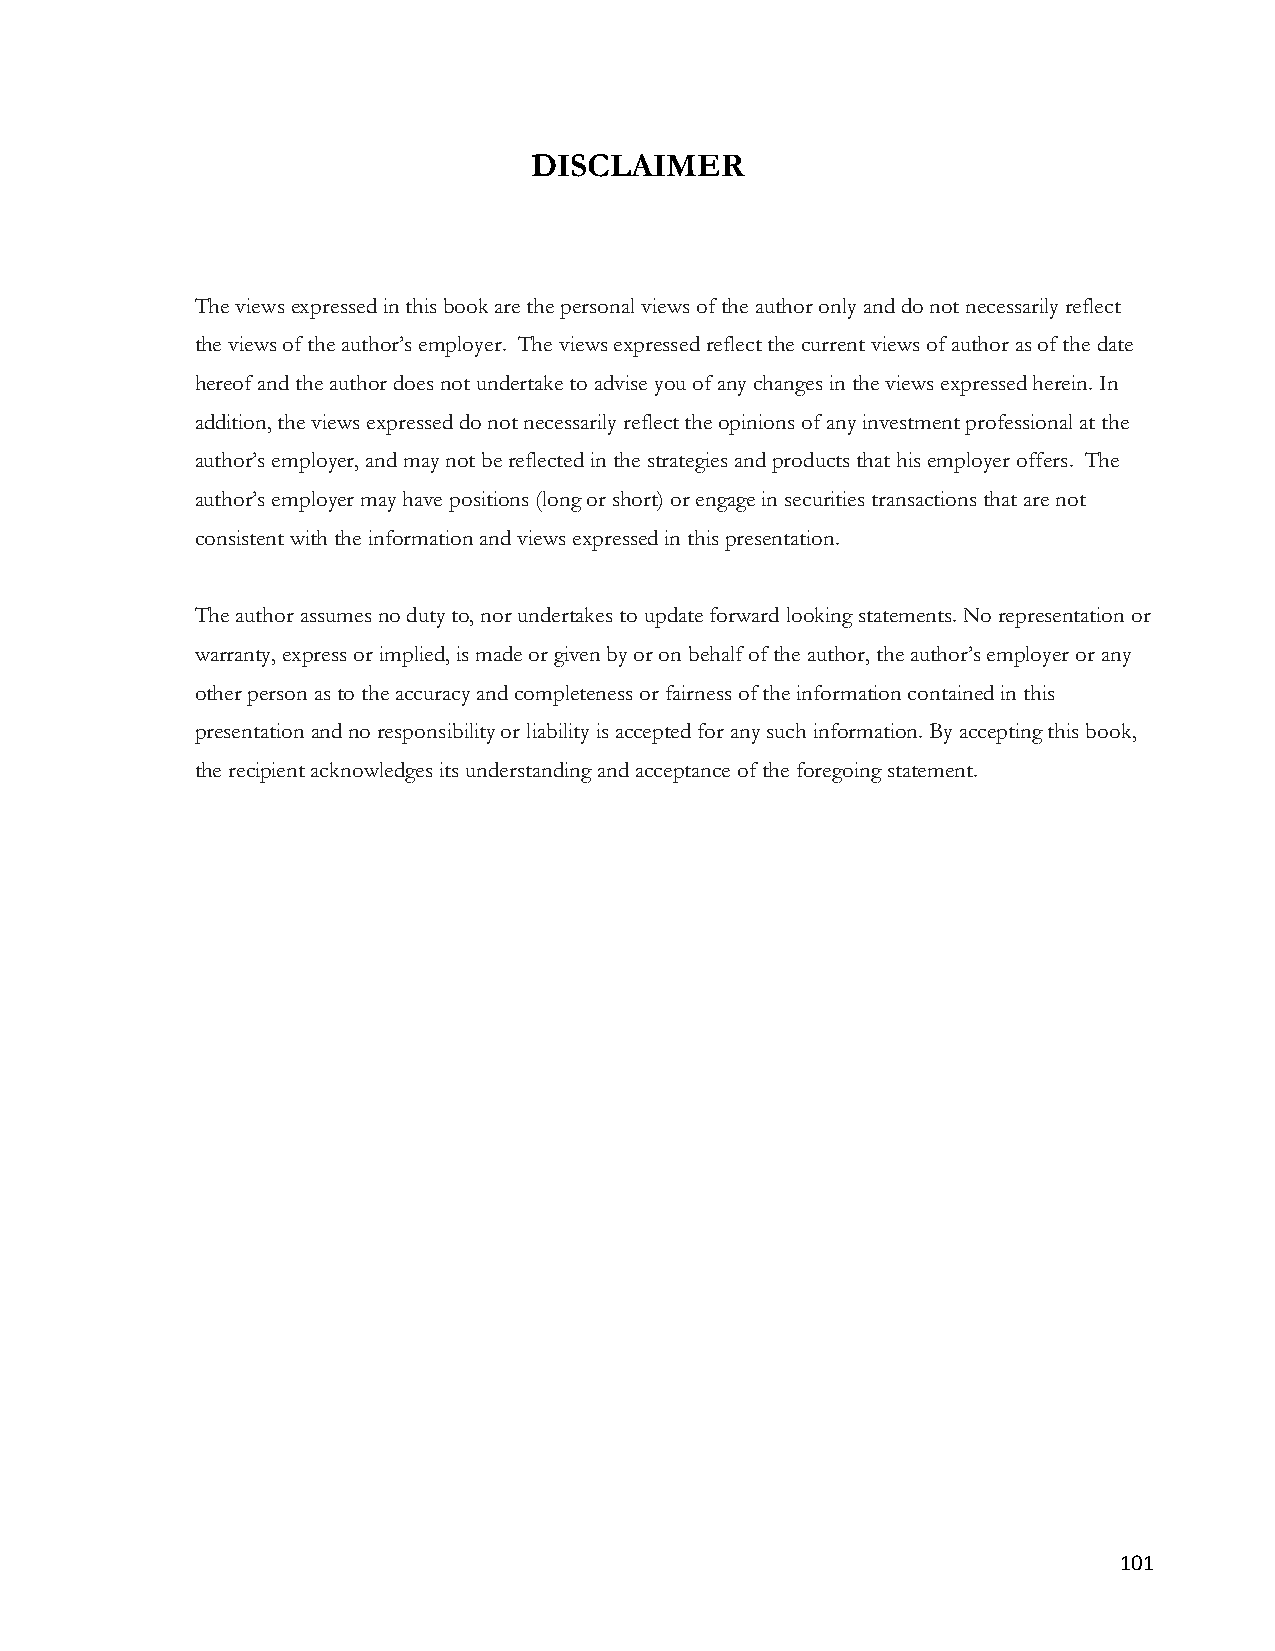
DISCLAIMER
 The views expressed in this book are the personal views of the author only and do not necessarily reflect
 the views of the author’s employer. The views expressed reflect the current views of author as of the date
 hereof and the author does not undertake to advise you of any changes in the views expressed herein. In
 addition, the views expressed do not necessarily reflect the opinions of any investment professional at the
 author’s employer, and may not be reflected in the strategies and products that his employer offers. The
 author’s employer may have positions (long or short) or engage in securities transactions that are not
 consistent with the information and views expressed in this presentation.
 The author assumes no duty to, nor undertakes to update forward looking statements. No representation or
 warranty, express or implied, is made or given by or on behalf of the author, the author’s employer or any
 other person as to the accuracy and completeness or fairness of the information contained in this
 presentation and no responsibility or liability is accepted for any such information. By accepting this book,
 the recipient acknowledges its understanding and acceptance of the foregoing statement.
 101